Report on sanitation, dispensaries, and jails in Rajputana for 1915, and on vaccination for the year 1915-1916 - 1915-1916
Year: 1915
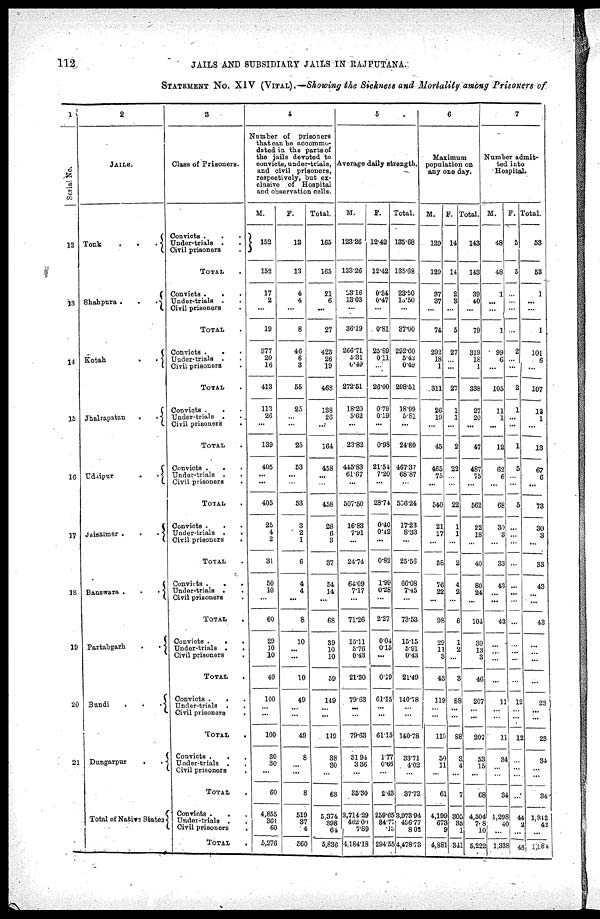
112
JAILS AND SUBSIDIARY JAILS IN RAJPUTANA.
STATEMENT NO. XIV (VITAL).—Showing the Sickness and Mortality among Prisoners of
1
Serial No.
12
13
14
15
16
17
18
19
20
21
2
JAILS.
Tonk
.
.
Shahpura
.
.
.
Kotah . .
Jhalrapatan
.
.
Udaipur
Jaisalmer
.
.
.
Banswara
.
.
.
Partabgarh
Bundi
.
.
.
Dungarpur . . .
Total of Native States
3
Class of Prisoners.
Convicts
.
.
.
Under-trials
.
.
Civil prisoners .
TOTAL .
Convicts . . .
Under-trials
.
.
Civil prisoners
TOTAL
Convicts .
.
.
Under-trials . .
Civil prisoners .
TOTAL
Convicts . . .
Under-trials . .
Civil prisoners
.
TOTAL
Convicts . . .
Under-trials . .
Civil prisoners .
TOTAL
Convicts . . .
Under-trials
.
.
Civil prisoners .
TOTAL .
Convicts
.
.
.
Under-trials .
Civil prisoners
TOTAL
Convicts
.
.
.
Under-trials . . .
Civil prisoners .
TOTAL .
Convicts . . .
Under-trials . .
Civil prisoners .
TOTAL
Convicts . . .
Under-trials . .
Civil prisoners .
TOTAL .
Convicts . . .
Under-trials . .
Civil prisoners
.
TOTAL
4
Number of prisoners
that can be accommo-
dated in the parts of
the jails devoted to
convicts, under-trials,
and civil prisoners,
respectively, but ex-
clusive of Hospital
and observation cells.
M.
152
152
17
2
...
19
377
20
16
413
113
26
...
139
405
...
...
405
25
4
2
31
50
10
...
60
29
10
10
49
100
...
...
100
30
30
...
60
4,855
361 60
5,276
F.
13
13
4
4
...
8
46
6
3
55
25
...
...
25
53
...
...
53
3
2
1
6
4
4
...
8
10
...
...
10
49
...
...
49
8
...
...
8
519
37
4
560
Total.
165
165
21
6
...
27
423
26
19
468
138
26
...
164
458
...
...
458
28
6
3
37
54
14
...
68
39
10
10
59
149
...
...
149
38
30
...
68
5,374
398
64
5,836
5
Average daily strength.
M.
123.26
123.26
23.16
13.03
...
36.19
266.71
5.31
0.49
272.51
18.20
5.62
...
23.82
445.83
61.67
...
507.50
16.83
7.91
...
24.74
64.09
7.17
...
71.26
15.11
5.76
0.43
21.30
79.63
...
...
79.63
31.94
3.36
...
35.30
3,714.29
462.00
7.89
4,184.18
F.
12.42
12.42
0.34
0.47
...
0.81
25.89
0.11
...
26.00
0.79
0.19
...
0.98
21.54
7.20
...
28.74
0.40
0.42
...
0.82
1.99
0.28
...
2.27
0.04
0.15
...
0.19
61.15
...
...
61.15
1.77
0.66
...
2.43
259.65
34.71
.13
294.55
Total.
135.68
135.69
23.50
13.50
...
37.00
292.60
5.42
0.49
298.51
18.99
5.81
...
24.80
467.37
68.87
...
536.24
17.23
8.33
...
25.56
66.08
7.45
...
73.53
15.15
5.91
0.43
21.49
140.78
...
...
140.78
33.71
4.02
...
37.73
3,973.94
496.77
8.02
4,478.73
6
Maximum
population on
any one day.
M.
129
129
37
37
...
74
292
18
1
311
26
19
...
45
465
75
...
540
21
17
...
38
76
22
...
98
29
11
3
43
119
...
...
119
50
11
...
61
4,199
673
9
4,881
F.
14
14
2
3
...
5
27
...
...
27
1
1
...
2
22
...
...
22
1
1
...
2
4
2
...
6
1
2
...
3
88
...
...
88
3
4
...
7
305
35
1
341
Total.
143
143
39
40
...
79
319
18
1
338
27
20
...
47
487
75
...
562
22
18
...
40
80
24
...
104
30
13
3
46
207
...
...
207
53
15
...
68
4,504
708
10
5,222
7
Number admit-
ted into
Hospital.
M.
48
48
1
...
...
1
99
6
...
105
11
1
...
12
62
6
...
68
30
3
...
33
43
...
...
43
...
...
...
...
11
...
...
11
34
...
...
34
1,298
40
...
1,338
F.
5
5
...
...
...
...
2
...
...
2
12
...
...
1
5
...
...
5
...
...
...
...
...
...
...
...
...
...
...
12
...
...
12
...
...
...
...
44
2
...
46
Total.
53
53
1
...
...
1
101
6
...
107
13
1
...
13
67
6
...
73
30
3
...
33
43
...
...
43
...
...
...
...
23
...
...
23
34
...
...
34
1,342
42
...
1,384